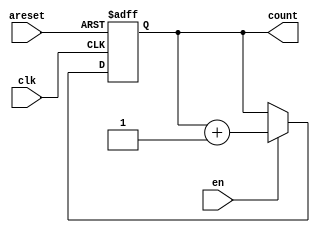
module Counter(
  input clk,areset,en,
  output reg [4:0] count
);

always@(posedge clk or negedge areset)
begin
 if(!areset)
   count <= 5'b00000;
 else if(en)
   count <= count + 1'b1;
end

endmodule